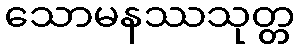
သောမနဿသုတ္တ